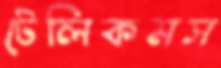
টেলিকমস